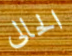
الحالى